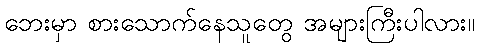
ဘေးမှာ စားသောက်နေသူတွေ အများကြီးပါလား။